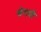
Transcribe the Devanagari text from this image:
सेरामी